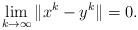
LaTeX: \begin{align*}\lim_{k \to \infty} \|x^k - y^k \| = 0.\end{align*}